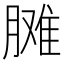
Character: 𦟗